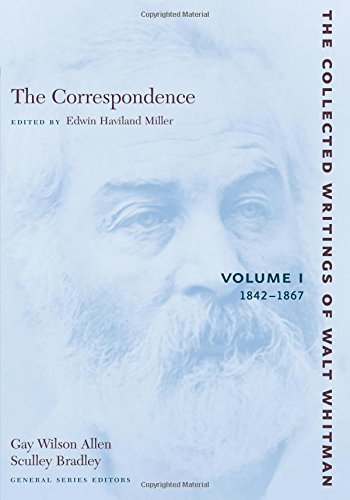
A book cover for The Correspondence, Vol. 1: 1842-1867 (Collected Writings of Walt Whitman); Walt Whitman; Literature & Fiction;